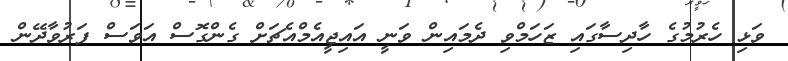
ވަޅި ހެރުމުގެ ހާދިސާގައި ޒަހަމްވި ދެމައިން ވަނީ އައިޖީއެމްއެޗަށް ގެންގޮސް އަވަސް ފަރުވާދޭން